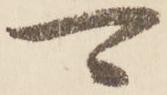
可